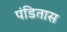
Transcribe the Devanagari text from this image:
पंडितास